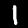
Label: 1